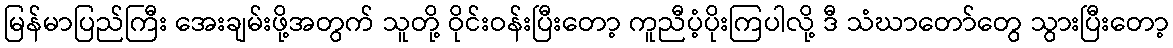
မြန်မာပြည်ကြီး အေးချမ်းဖို့အတွက် သူတို့ ဝိုင်းဝန်းပြီးတော့ ကူညီပံ့ပိုးကြပါလို့ ဒီ သံဃာတော်တွေ သွားပြီးတော့